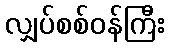
လျှပ်စစ်ဝန်ကြီး